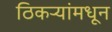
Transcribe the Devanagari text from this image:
ठिकऱ्यांमधून